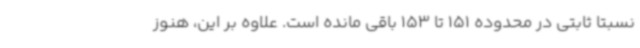
نسبتا ثابتی در محدوده 151 تا 153 باقی مانده است. علاوه بر این، هنوز